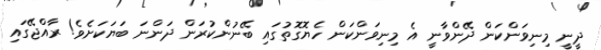
ދީނީ މިނިވަންކަން ދޭންވާނީ އެ މިނިވަންކަން ހެޔޮގޮތުގައި ބޭނުންކުރަން ދަންނަ ބަޔަކަށެވެ! ރާއްޖޭގައި